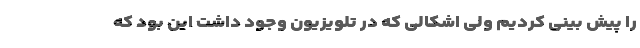
را پیش بینی کردیم ولی اشکالی که در تلویزیون وجود داشت این بود که